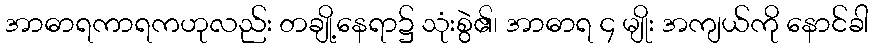
အာဓာရကာရကဟုလည်း တချို့နေရာ၌ သုံးစွဲ၏၊ အာဓာရ ၄ မျိုး အကျယ်ကို နောင်ခါ